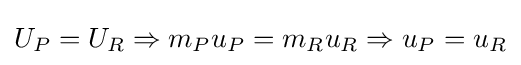
U_{P}=U_{R}\Rightarrow m_{P}u_{P}=m_{R}u_{R}\Rightarrow u_{P}=u_{R}